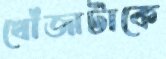
খোঁজাটাকে